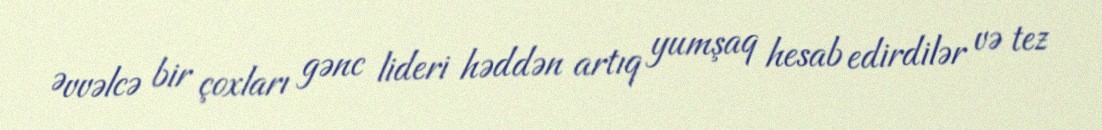
Əvvəlcə bir çoxları gənc lideri həddən artıq yumşaq hesab edirdilər və tez